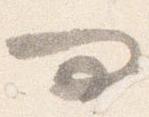
問